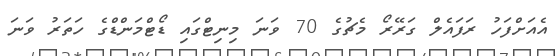
އެއަށްފަހު ރަފައެލް ގަރޭރޯ މެޗުގެ 70 ވަނަ މިނިޓްގައި ޑޯޓްމަންޑްގެ ހަތަރު ވަނަ